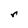
Character: r